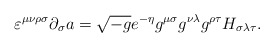
\begin{align*}\varepsilon^{\mu\nu\rho\sigma}\partial_{\sigma}a=\sqrt{-g}e^{-\eta}g^{\mu\sigma}g^{\nu\lambda}g^{\rho\tau}H_{\sigma\lambda\tau}.\end{align*}